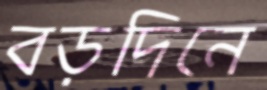
বড়দিনে